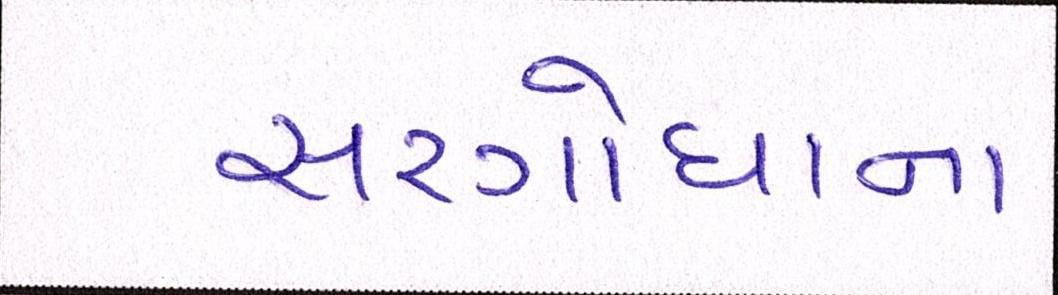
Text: સરગોધાના